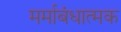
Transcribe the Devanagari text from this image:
मर्माबंधात्मक